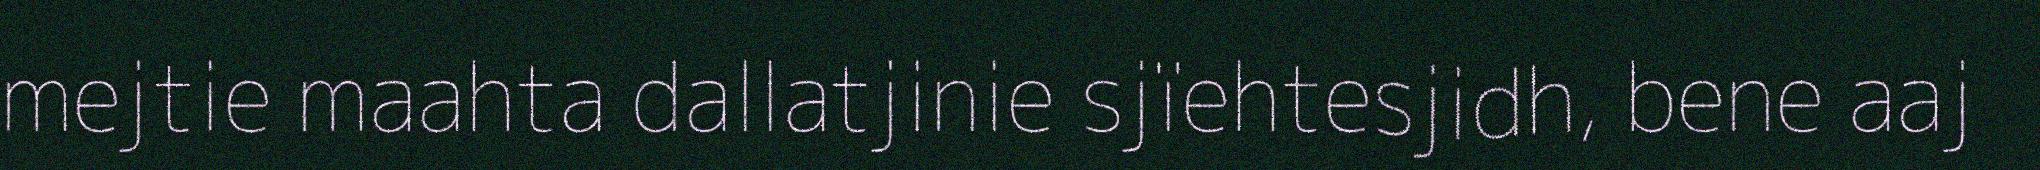
mejtie maahta dallatjinie sjïehtesjidh, bene aaj